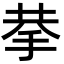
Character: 拲